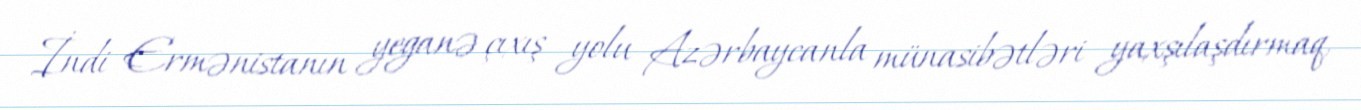
İndi Ermənistanın yeganə çıxış yolu Azərbaycanla münasibətləri yaxşılaşdırmaq,